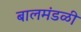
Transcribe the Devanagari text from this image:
बालमंडळी